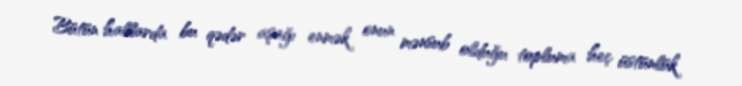
Bütün hallarda bu qədər aşağı enmək onun mənsub olduğu topluma heç üstünlük